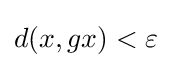
d(x,gx)<\varepsilon